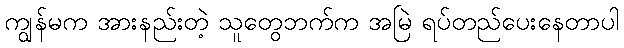
ကျွန်မက အားနည်းတဲ့ သူတွေဘက်က အမြဲ ရပ်တည်ပေးနေတာပါ